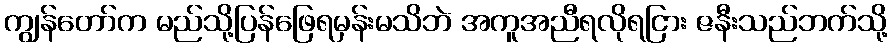
ကျွန်တော်က မည်သို့ပြန်ဖြေရမှန်းမသိဘဲ အကူအညီရလိုရငြား ဇနီးသည်ဘက်သို့